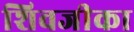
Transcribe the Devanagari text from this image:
शिवजीका